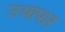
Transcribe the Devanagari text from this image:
उयापार